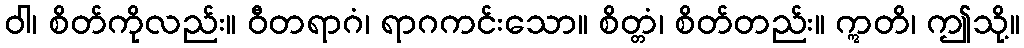
ဝါ၊ စိတ်ကိုလည်း။ ဝီတရာဂံ၊ ရာဂကင်းသော။ စိတ္တံ၊ စိတ်တည်း။ ဣတိ၊ ဤသို့။